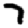
Digit: 7